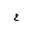
Letter: _ha